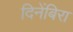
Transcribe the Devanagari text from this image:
दिनेंबिरा